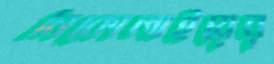
নিকোলাইয়ের